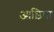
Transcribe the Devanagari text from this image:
आड़िषा